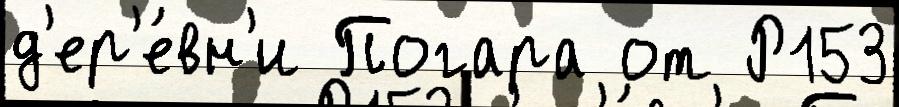
д'ер'е́вн'и Погара от Р153